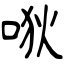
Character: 唙